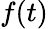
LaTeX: f(t)